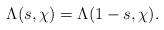
LaTeX: \begin{align*} \Lambda(s, \chi) = \Lambda(1-s, \chi).\end{align*}